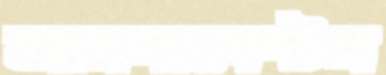
আরমামেন্টস